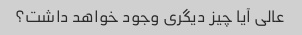
عالی آیا چیز دیگری وجود خواهد داشت؟